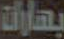
بهارات